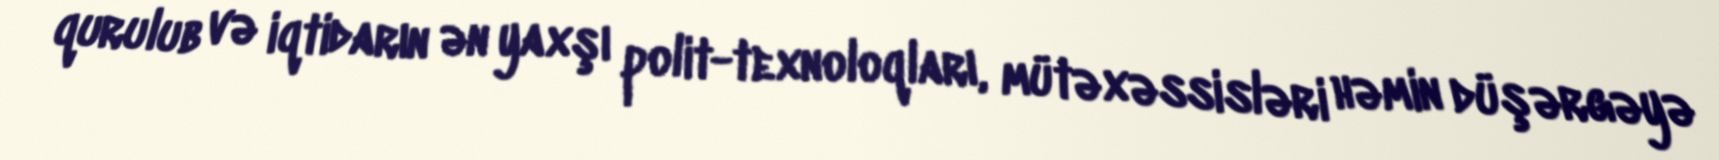
qurulub və iqtidarın ən yaxşı polit-texnoloqları, mütəxəssisləri həmin düşərgəyə